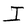
Character: I